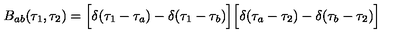
B _ { a b } ( \tau _ { 1 } , \tau _ { 2 } ) = \Bigl [ \delta ( \tau _ { 1 } - \tau _ { a } ) - \delta ( \tau _ { 1 } - \tau _ { b } ) \Bigr ] \Bigl [ \delta ( \tau _ { a } - \tau _ { 2 } ) - \delta ( \tau _ { b } - \tau _ { 2 } ) \Bigr ] \quad